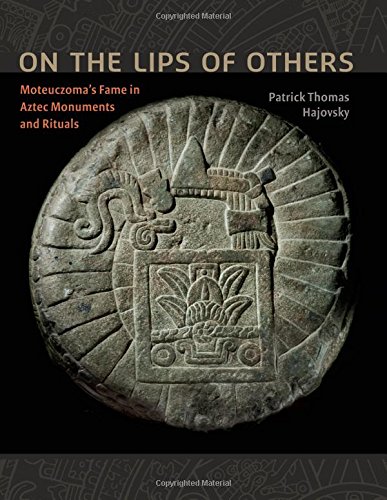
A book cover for On the Lips of Others: Moteuczoma's Fame in Aztec Monuments and Rituals (Recovering Languages and Literacies of the Americas); Patrick Thomas Hajovsky; History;